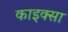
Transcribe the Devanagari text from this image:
काइक्सा